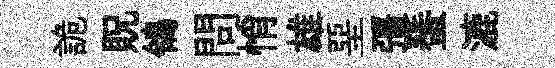
詭貺鴒問悄雄堊彊蜑漉